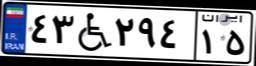
۳۴W۵۱۱۱۶